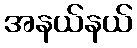
အနယ်နယ်